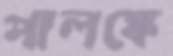
পালঙ্কে